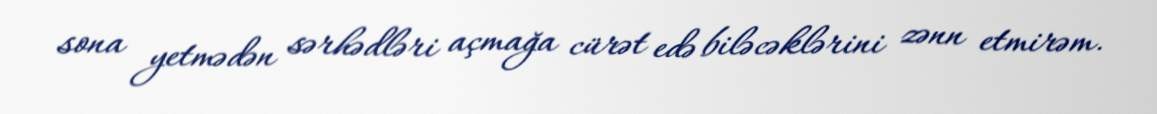
sona yetmədən sərhədləri açmağa cürət edə biləcəklərini zənn etmirəm.